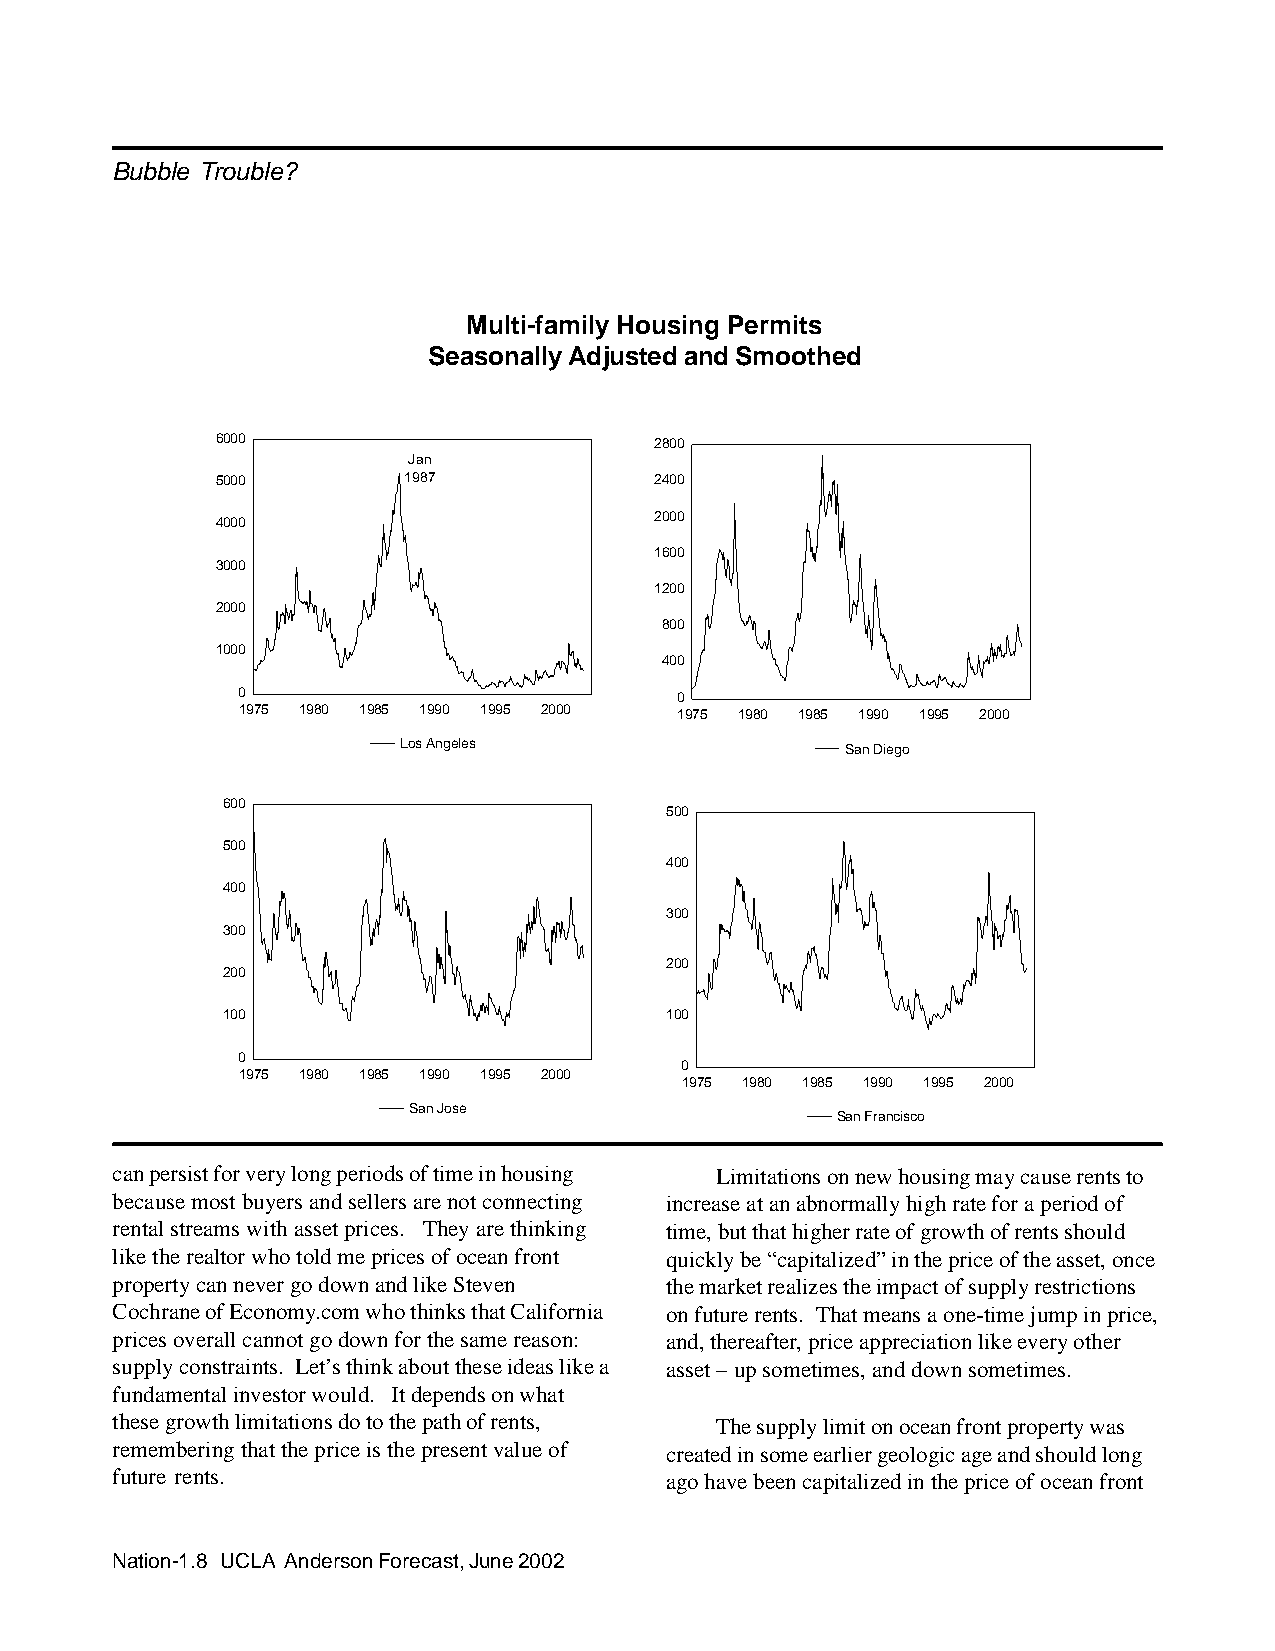
Bubble Trouble?
 Multi-family Housing Permits
 Seasonally Adjusted and Smoothed
 6000                         2800
 Jan
 5000         1987            2400
 2000
 4000
 1600
 3000
 1200
 2000
 800
 1000
 400
 0                            0
 1975 1980 1985 1990 1995 2000 1975 1980 1985 1990 1995 2000
 Los Angeles                   San Diego
 600
 500
 500
 400
 400
 300
 300
 200
 200
 100                          100
 0
 0
 1975 1980 1985 1990 1995 2000
 1975 1980 1985 1990 1995 2000
 San Jose
 San Francisco
 can persist for very long periods of time in housing Limitations on new housing may cause rents to
 because most buyers and sellers are not connecting increase at an abnormally high rate for a period of
 rental streams with asset prices. They are thinking time, but that higher rate of growth of rents should
 like the realtor who told me prices of ocean front quickly be “capitalized” in the price of the asset, once
 property can never go down and like Steven the market realizes the impact of supply restrictions
 Cochrane of Economy.com who thinks that California on future rents. That means a one-time jump in price,
 prices overall cannot go down for the same reason: and, thereafter, price appreciation like every other
 supply constraints. Let’s think about these ideas like a asset – up sometimes, and down sometimes.
 fundamental investor would. It depends on what
 these growth limitations do to the path of rents, The supply limit on ocean front property was
 remembering that the price is the present value of created in some earlier geologic age and should long
 future rents.                        ago have been capitalized in the price of ocean front
 Nation-1.8 UCLA Anderson Forecast, June 2002